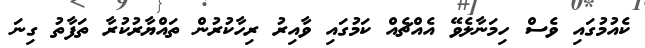
ކެއުމުގައި ވެސް ހިމަނާލެވޭ އެއްޗެއް ކަމުގައި ވާއިރު ރިހާކުރުން ތައްޔާރުކުރާ ތަފާތު ގިނަ